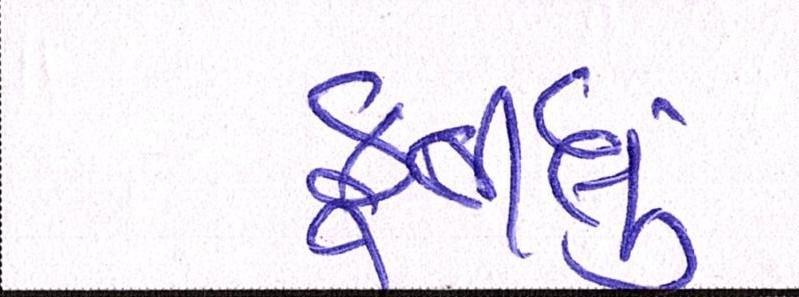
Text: ફુર્તીલુ